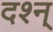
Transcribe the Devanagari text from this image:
दश्न्